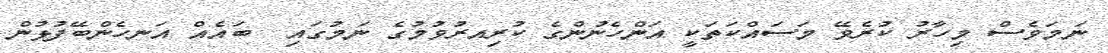
ނަމަވެސް މިހާރު ކުރެވޭ މަސައްކަތަކީ އަންހެނުންގެ ކުރިއރުވުމުގެ ނަމުގައި  ބައެއް އަނހެންބޭފުޅުން